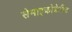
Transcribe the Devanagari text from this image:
सेमाइक्रोक्रेडिट